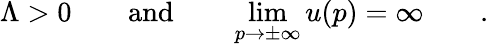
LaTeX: \Lambda>0\qquad\mathrm{and}\qquad\operatorname*{lim}_{p\to\pm\infty}u(p)=\infty\qquad.